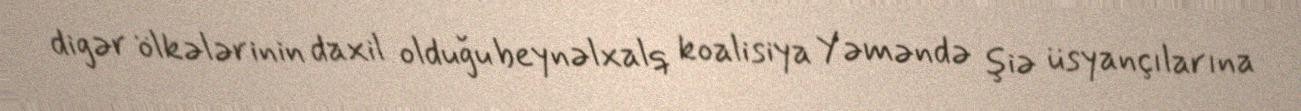
digər ölkələrinin daxil olduğu beynəlxalq koalisiya Yəməndə şiə üsyançılarına